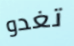
تغدو